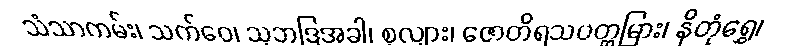
သံသာကမ်း၊ သက်ဝေ၊ သုဘဒြအခါ၊ စုလျား၊ ဇောတိရသပတ္တမြား၊ နိတုံရွှေ၊